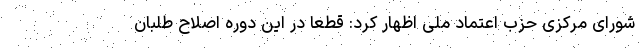
شورای مرکزی حزب اعتماد ملی اظهار کرد: قطعا در این دوره اصلاح طلبان